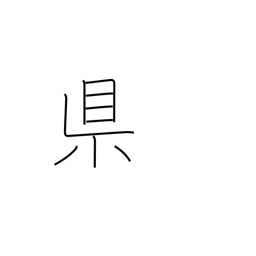
Meaning: prefecture